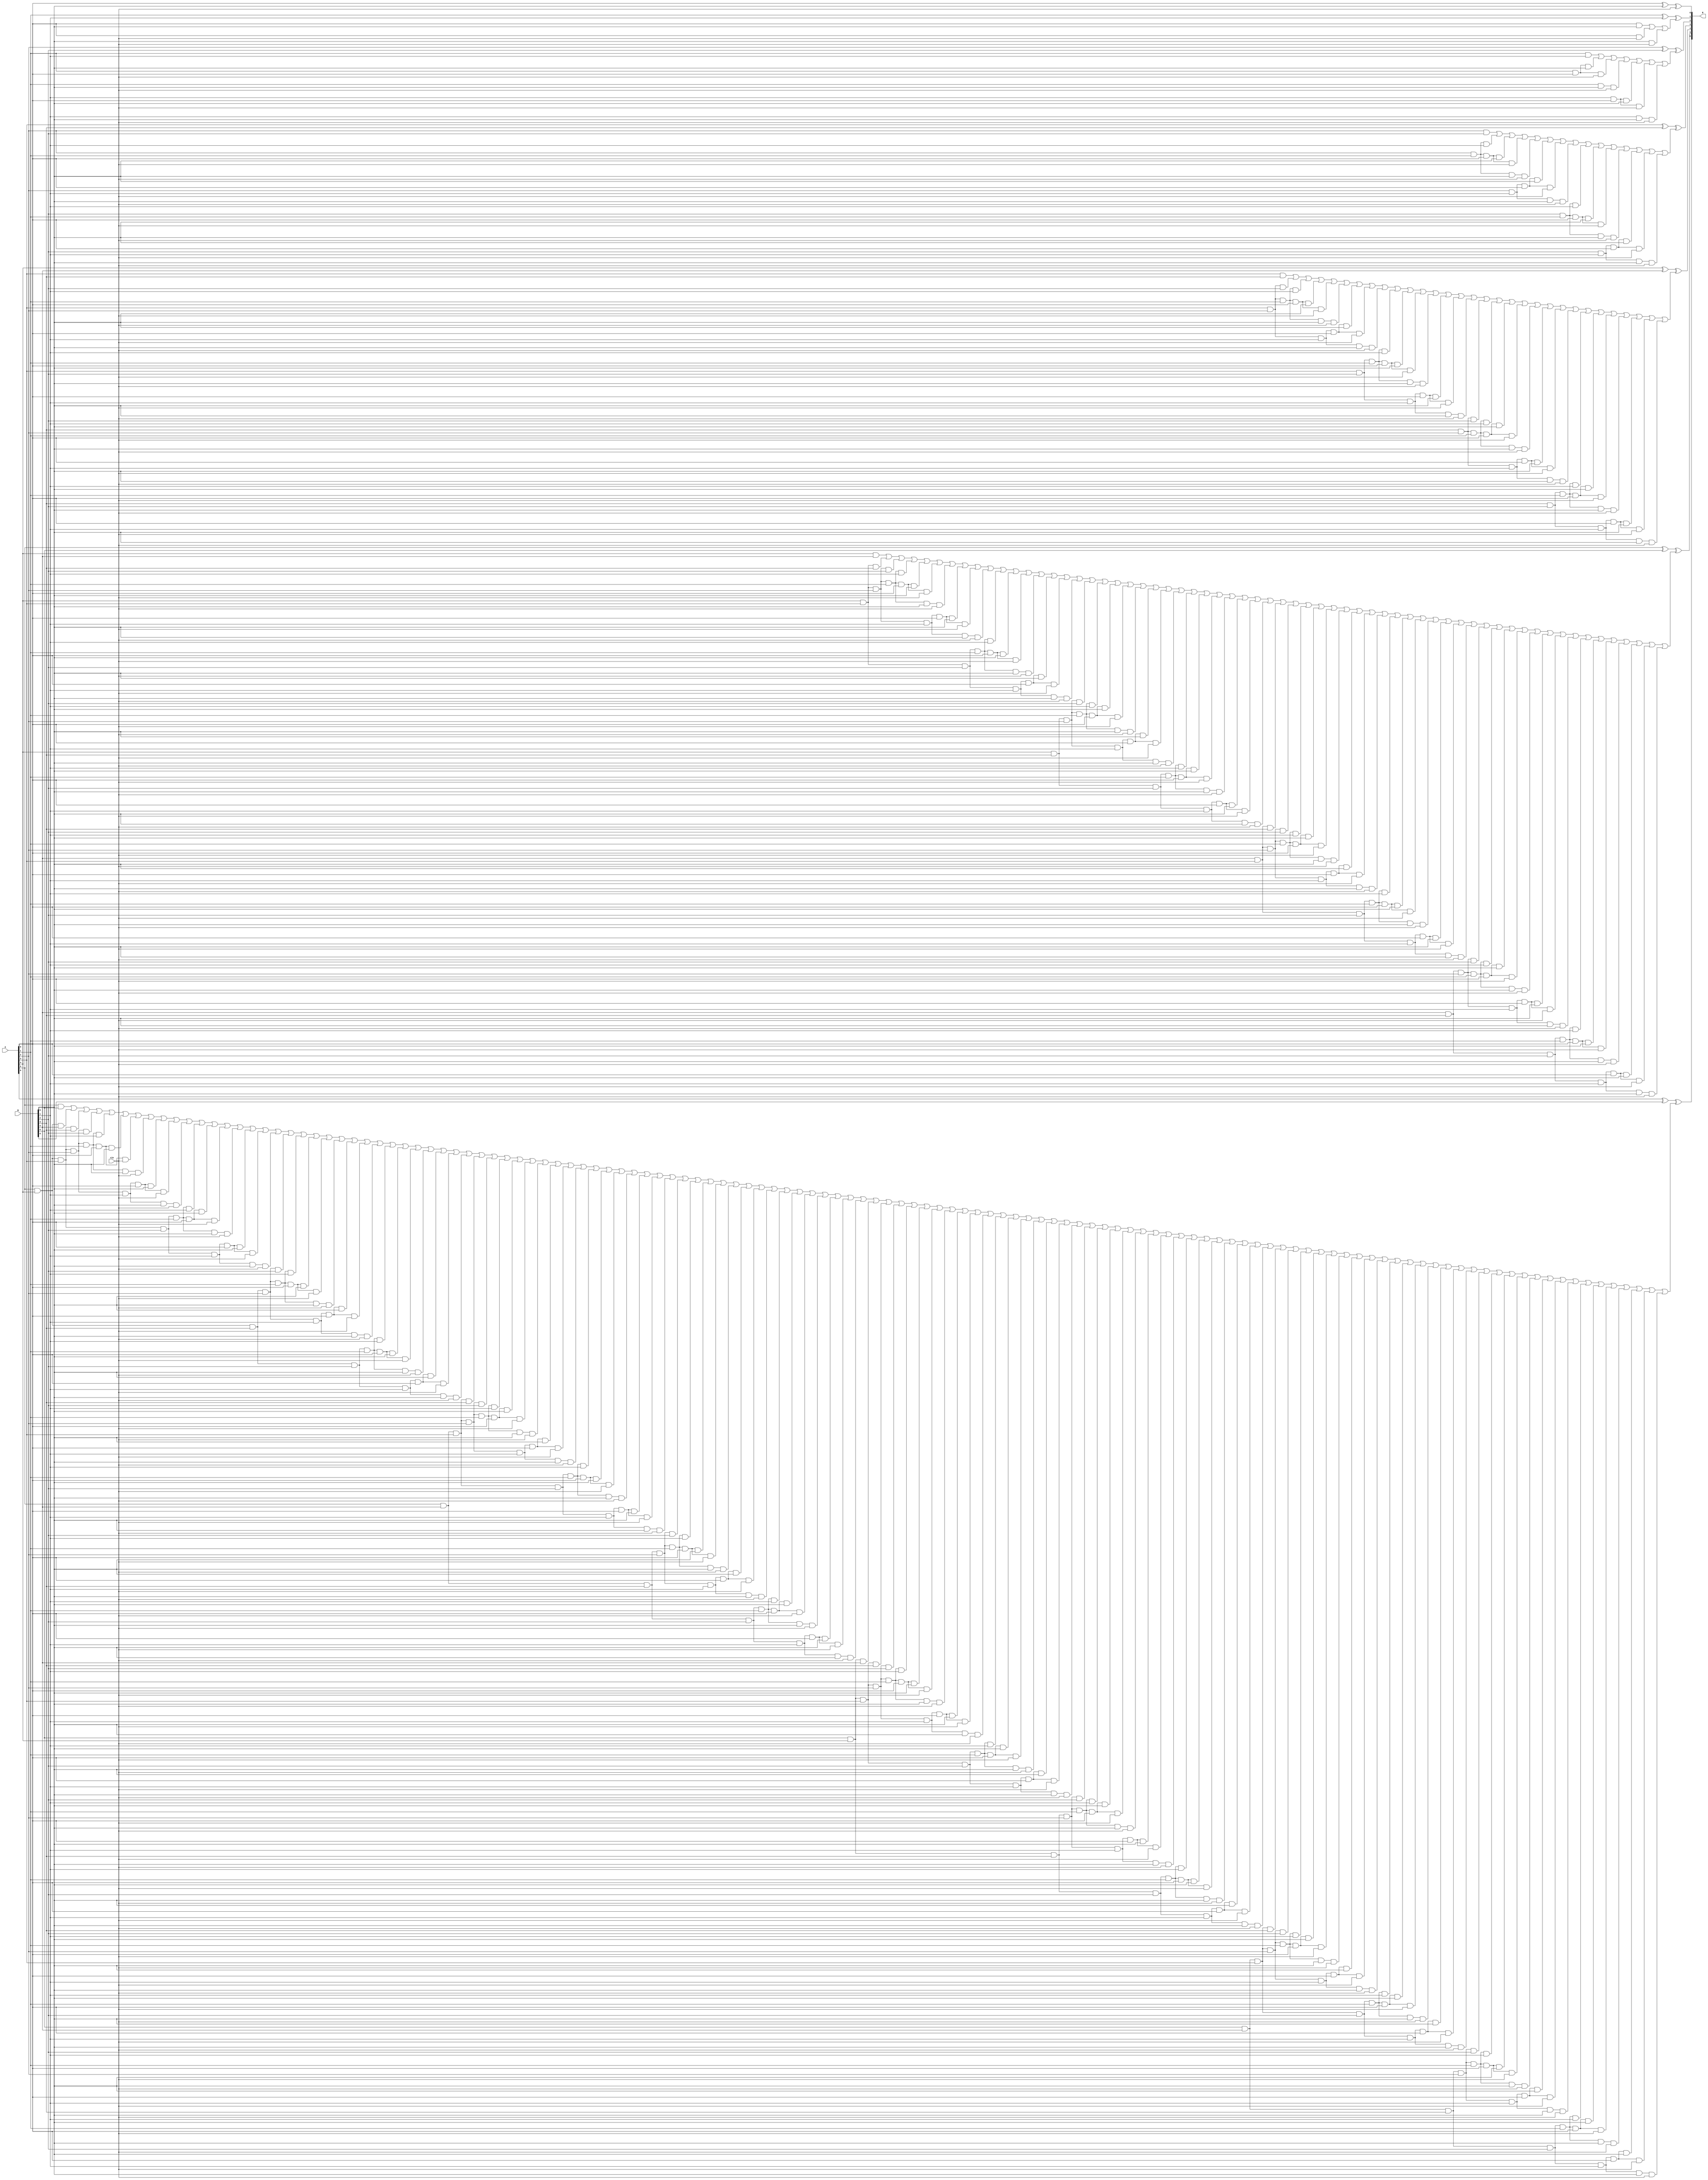
module new_carry_look_ahead_adder_cin7
(
input [6:0] A, B,
input cin,
output [6:0] R
);
wire c0,  c1,  c2,  c3,  c4,  c5,  c6; 





assign c0 = cin;
assign c1 = (A[0]&B[0])|(A[0]&c0)|(B[0]&c0);
assign c2 = (A[1]&B[1])|(A[1]&A[0]&B[0])|(A[1]&A[0]&c0)|(A[1]&B[0]&c0)|(B[1]&A[0]&B[0])|(B[1]&A[0]&c0)|(B[1]&B[0]&c0);
assign c3 = (A[2]&B[2])|(A[2]&A[1]&B[1])|(A[2]&A[1]&A[0]&B[0])|(A[2]&A[1]&A[0]&c0)|(A[2]&A[1]&B[0]&c0)|(A[2]&B[1]&A[0]&B[0])|(A[2]&B[1]&A[0]&c0)|(A[2]&B[1]&B[0]&c0)|(B[2]&A[1]&B[1])|(B[2]&A[1]&A[0]&B[0])|(B[2]&A[1]&A[0]&c0)|(B[2]&A[1]&B[0]&c0)|(B[2]&B[1]&A[0]&B[0])|(B[2]&B[1]&A[0]&c0)|(B[2]&B[1]&B[0]&c0);
assign c4 = (A[3]&B[3])|(A[3]&A[2]&B[2])|(A[3]&A[2]&A[1]&B[1])|(A[3]&A[2]&A[1]&A[0]&B[0])|(A[3]&A[2]&A[1]&A[0]&c0)|(A[3]&A[2]&A[1]&B[0]&c0)|(A[3]&A[2]&B[1]&A[0]&B[0])|(A[3]&A[2]&B[1]&A[0]&c0)|(A[3]&A[2]&B[1]&B[0]&c0)|(A[3]&B[2]&A[1]&B[1])|(A[3]&B[2]&A[1]&A[0]&B[0])|(A[3]&B[2]&A[1]&A[0]&c0)|(A[3]&B[2]&A[1]&B[0]&c0)|(A[3]&B[2]&B[1]&A[0]&B[0])|(A[3]&B[2]&B[1]&A[0]&c0)|(A[3]&B[2]&B[1]&B[0]&c0)|(B[3]&A[2]&B[2])|(B[3]&A[2]&A[1]&B[1])|(B[3]&A[2]&A[1]&A[0]&B[0])|(B[3]&A[2]&A[1]&A[0]&c0)|(B[3]&A[2]&A[1]&B[0]&c0)|(B[3]&A[2]&B[1]&A[0]&B[0])|(B[3]&A[2]&B[1]&A[0]&c0)|(B[3]&A[2]&B[1]&B[0]&c0)|(B[3]&B[2]&A[1]&B[1])|(B[3]&B[2]&A[1]&A[0]&B[0])|(B[3]&B[2]&A[1]&A[0]&c0)|(B[3]&B[2]&A[1]&B[0]&c0)|(B[3]&B[2]&B[1]&A[0]&B[0])|(B[3]&B[2]&B[1]&A[0]&c0)|(B[3]&B[2]&B[1]&B[0]&c0);
assign c5 = (A[4]&B[4])|(A[4]&A[3]&B[3])|(A[4]&A[3]&A[2]&B[2])|(A[4]&A[3]&A[2]&A[1]&B[1])|(A[4]&A[3]&A[2]&A[1]&A[0]&B[0])|(A[4]&A[3]&A[2]&A[1]&A[0]&c0)|(A[4]&A[3]&A[2]&A[1]&B[0]&c0)|(A[4]&A[3]&A[2]&B[1]&A[0]&B[0])|(A[4]&A[3]&A[2]&B[1]&A[0]&c0)|(A[4]&A[3]&A[2]&B[1]&B[0]&c0)|(A[4]&A[3]&B[2]&A[1]&B[1])|(A[4]&A[3]&B[2]&A[1]&A[0]&B[0])|(A[4]&A[3]&B[2]&A[1]&A[0]&c0)|(A[4]&A[3]&B[2]&A[1]&B[0]&c0)|(A[4]&A[3]&B[2]&B[1]&A[0]&B[0])|(A[4]&A[3]&B[2]&B[1]&A[0]&c0)|(A[4]&A[3]&B[2]&B[1]&B[0]&c0)|(A[4]&B[3]&A[2]&B[2])|(A[4]&B[3]&A[2]&A[1]&B[1])|(A[4]&B[3]&A[2]&A[1]&A[0]&B[0])|(A[4]&B[3]&A[2]&A[1]&A[0]&c0)|(A[4]&B[3]&A[2]&A[1]&B[0]&c0)|(A[4]&B[3]&A[2]&B[1]&A[0]&B[0])|(A[4]&B[3]&A[2]&B[1]&A[0]&c0)|(A[4]&B[3]&A[2]&B[1]&B[0]&c0)|(A[4]&B[3]&B[2]&A[1]&B[1])|(A[4]&B[3]&B[2]&A[1]&A[0]&B[0])|(A[4]&B[3]&B[2]&A[1]&A[0]&c0)|(A[4]&B[3]&B[2]&A[1]&B[0]&c0)|(A[4]&B[3]&B[2]&B[1]&A[0]&B[0])|(A[4]&B[3]&B[2]&B[1]&A[0]&c0)|(A[4]&B[3]&B[2]&B[1]&B[0]&c0)|(B[4]&A[3]&B[3])|(B[4]&A[3]&A[2]&B[2])|(B[4]&A[3]&A[2]&A[1]&B[1])|(B[4]&A[3]&A[2]&A[1]&A[0]&B[0])|(B[4]&A[3]&A[2]&A[1]&A[0]&c0)|(B[4]&A[3]&A[2]&A[1]&B[0]&c0)|(B[4]&A[3]&A[2]&B[1]&A[0]&B[0])|(B[4]&A[3]&A[2]&B[1]&A[0]&c0)|(B[4]&A[3]&A[2]&B[1]&B[0]&c0)|(B[4]&A[3]&B[2]&A[1]&B[1])|(B[4]&A[3]&B[2]&A[1]&A[0]&B[0])|(B[4]&A[3]&B[2]&A[1]&A[0]&c0)|(B[4]&A[3]&B[2]&A[1]&B[0]&c0)|(B[4]&A[3]&B[2]&B[1]&A[0]&B[0])|(B[4]&A[3]&B[2]&B[1]&A[0]&c0)|(B[4]&A[3]&B[2]&B[1]&B[0]&c0)|(B[4]&B[3]&A[2]&B[2])|(B[4]&B[3]&A[2]&A[1]&B[1])|(B[4]&B[3]&A[2]&A[1]&A[0]&B[0])|(B[4]&B[3]&A[2]&A[1]&A[0]&c0)|(B[4]&B[3]&A[2]&A[1]&B[0]&c0)|(B[4]&B[3]&A[2]&B[1]&A[0]&B[0])|(B[4]&B[3]&A[2]&B[1]&A[0]&c0)|(B[4]&B[3]&A[2]&B[1]&B[0]&c0)|(B[4]&B[3]&B[2]&A[1]&B[1])|(B[4]&B[3]&B[2]&A[1]&A[0]&B[0])|(B[4]&B[3]&B[2]&A[1]&A[0]&c0)|(B[4]&B[3]&B[2]&A[1]&B[0]&c0)|(B[4]&B[3]&B[2]&B[1]&A[0]&B[0])|(B[4]&B[3]&B[2]&B[1]&A[0]&c0)|(B[4]&B[3]&B[2]&B[1]&B[0]&c0);
assign c6 = (A[5]&B[5])|(A[5]&A[4]&B[4])|(A[5]&A[4]&A[3]&B[3])|(A[5]&A[4]&A[3]&A[2]&B[2])|(A[5]&A[4]&A[3]&A[2]&A[1]&B[1])|(A[5]&A[4]&A[3]&A[2]&A[1]&A[0]&B[0])|(A[5]&A[4]&A[3]&A[2]&A[1]&A[0]&c0)|(A[5]&A[4]&A[3]&A[2]&A[1]&B[0]&c0)|(A[5]&A[4]&A[3]&A[2]&B[1]&A[0]&B[0])|(A[5]&A[4]&A[3]&A[2]&B[1]&A[0]&c0)|(A[5]&A[4]&A[3]&A[2]&B[1]&B[0]&c0)|(A[5]&A[4]&A[3]&B[2]&A[1]&B[1])|(A[5]&A[4]&A[3]&B[2]&A[1]&A[0]&B[0])|(A[5]&A[4]&A[3]&B[2]&A[1]&A[0]&c0)|(A[5]&A[4]&A[3]&B[2]&A[1]&B[0]&c0)|(A[5]&A[4]&A[3]&B[2]&B[1]&A[0]&B[0])|(A[5]&A[4]&A[3]&B[2]&B[1]&A[0]&c0)|(A[5]&A[4]&A[3]&B[2]&B[1]&B[0]&c0)|(A[5]&A[4]&B[3]&A[2]&B[2])|(A[5]&A[4]&B[3]&A[2]&A[1]&B[1])|(A[5]&A[4]&B[3]&A[2]&A[1]&A[0]&B[0])|(A[5]&A[4]&B[3]&A[2]&A[1]&A[0]&c0)|(A[5]&A[4]&B[3]&A[2]&A[1]&B[0]&c0)|(A[5]&A[4]&B[3]&A[2]&B[1]&A[0]&B[0])|(A[5]&A[4]&B[3]&A[2]&B[1]&A[0]&c0)|(A[5]&A[4]&B[3]&A[2]&B[1]&B[0]&c0)|(A[5]&A[4]&B[3]&B[2]&A[1]&B[1])|(A[5]&A[4]&B[3]&B[2]&A[1]&A[0]&B[0])|(A[5]&A[4]&B[3]&B[2]&A[1]&A[0]&c0)|(A[5]&A[4]&B[3]&B[2]&A[1]&B[0]&c0)|(A[5]&A[4]&B[3]&B[2]&B[1]&A[0]&B[0])|(A[5]&A[4]&B[3]&B[2]&B[1]&A[0]&c0)|(A[5]&A[4]&B[3]&B[2]&B[1]&B[0]&c0)|(A[5]&B[4]&A[3]&B[3])|(A[5]&B[4]&A[3]&A[2]&B[2])|(A[5]&B[4]&A[3]&A[2]&A[1]&B[1])|(A[5]&B[4]&A[3]&A[2]&A[1]&A[0]&B[0])|(A[5]&B[4]&A[3]&A[2]&A[1]&A[0]&c0)|(A[5]&B[4]&A[3]&A[2]&A[1]&B[0]&c0)|(A[5]&B[4]&A[3]&A[2]&B[1]&A[0]&B[0])|(A[5]&B[4]&A[3]&A[2]&B[1]&A[0]&c0)|(A[5]&B[4]&A[3]&A[2]&B[1]&B[0]&c0)|(A[5]&B[4]&A[3]&B[2]&A[1]&B[1])|(A[5]&B[4]&A[3]&B[2]&A[1]&A[0]&B[0])|(A[5]&B[4]&A[3]&B[2]&A[1]&A[0]&c0)|(A[5]&B[4]&A[3]&B[2]&A[1]&B[0]&c0)|(A[5]&B[4]&A[3]&B[2]&B[1]&A[0]&B[0])|(A[5]&B[4]&A[3]&B[2]&B[1]&A[0]&c0)|(A[5]&B[4]&A[3]&B[2]&B[1]&B[0]&c0)|(A[5]&B[4]&B[3]&A[2]&B[2])|(A[5]&B[4]&B[3]&A[2]&A[1]&B[1])|(A[5]&B[4]&B[3]&A[2]&A[1]&A[0]&B[0])|(A[5]&B[4]&B[3]&A[2]&A[1]&A[0]&c0)|(A[5]&B[4]&B[3]&A[2]&A[1]&B[0]&c0)|(A[5]&B[4]&B[3]&A[2]&B[1]&A[0]&B[0])|(A[5]&B[4]&B[3]&A[2]&B[1]&A[0]&c0)|(A[5]&B[4]&B[3]&A[2]&B[1]&B[0]&c0)|(A[5]&B[4]&B[3]&B[2]&A[1]&B[1])|(A[5]&B[4]&B[3]&B[2]&A[1]&A[0]&B[0])|(A[5]&B[4]&B[3]&B[2]&A[1]&A[0]&c0)|(A[5]&B[4]&B[3]&B[2]&A[1]&B[0]&c0)|(A[5]&B[4]&B[3]&B[2]&B[1]&A[0]&B[0])|(A[5]&B[4]&B[3]&B[2]&B[1]&A[0]&c0)|(A[5]&B[4]&B[3]&B[2]&B[1]&B[0]&c0)|(B[5]&A[4]&B[4])|(B[5]&A[4]&A[3]&B[3])|(B[5]&A[4]&A[3]&A[2]&B[2])|(B[5]&A[4]&A[3]&A[2]&A[1]&B[1])|(B[5]&A[4]&A[3]&A[2]&A[1]&A[0]&B[0])|(B[5]&A[4]&A[3]&A[2]&A[1]&A[0]&c0)|(B[5]&A[4]&A[3]&A[2]&A[1]&B[0]&c0)|(B[5]&A[4]&A[3]&A[2]&B[1]&A[0]&B[0])|(B[5]&A[4]&A[3]&A[2]&B[1]&A[0]&c0)|(B[5]&A[4]&A[3]&A[2]&B[1]&B[0]&c0)|(B[5]&A[4]&A[3]&B[2]&A[1]&B[1])|(B[5]&A[4]&A[3]&B[2]&A[1]&A[0]&B[0])|(B[5]&A[4]&A[3]&B[2]&A[1]&A[0]&c0)|(B[5]&A[4]&A[3]&B[2]&A[1]&B[0]&c0)|(B[5]&A[4]&A[3]&B[2]&B[1]&A[0]&B[0])|(B[5]&A[4]&A[3]&B[2]&B[1]&A[0]&c0)|(B[5]&A[4]&A[3]&B[2]&B[1]&B[0]&c0)|(B[5]&A[4]&B[3]&A[2]&B[2])|(B[5]&A[4]&B[3]&A[2]&A[1]&B[1])|(B[5]&A[4]&B[3]&A[2]&A[1]&A[0]&B[0])|(B[5]&A[4]&B[3]&A[2]&A[1]&A[0]&c0)|(B[5]&A[4]&B[3]&A[2]&A[1]&B[0]&c0)|(B[5]&A[4]&B[3]&A[2]&B[1]&A[0]&B[0])|(B[5]&A[4]&B[3]&A[2]&B[1]&A[0]&c0)|(B[5]&A[4]&B[3]&A[2]&B[1]&B[0]&c0)|(B[5]&A[4]&B[3]&B[2]&A[1]&B[1])|(B[5]&A[4]&B[3]&B[2]&A[1]&A[0]&B[0])|(B[5]&A[4]&B[3]&B[2]&A[1]&A[0]&c0)|(B[5]&A[4]&B[3]&B[2]&A[1]&B[0]&c0)|(B[5]&A[4]&B[3]&B[2]&B[1]&A[0]&B[0])|(B[5]&A[4]&B[3]&B[2]&B[1]&A[0]&c0)|(B[5]&A[4]&B[3]&B[2]&B[1]&B[0]&c0)|(B[5]&B[4]&A[3]&B[3])|(B[5]&B[4]&A[3]&A[2]&B[2])|(B[5]&B[4]&A[3]&A[2]&A[1]&B[1])|(B[5]&B[4]&A[3]&A[2]&A[1]&A[0]&B[0])|(B[5]&B[4]&A[3]&A[2]&A[1]&A[0]&c0)|(B[5]&B[4]&A[3]&A[2]&A[1]&B[0]&c0)|(B[5]&B[4]&A[3]&A[2]&B[1]&A[0]&B[0])|(B[5]&B[4]&A[3]&A[2]&B[1]&A[0]&c0)|(B[5]&B[4]&A[3]&A[2]&B[1]&B[0]&c0)|(B[5]&B[4]&A[3]&B[2]&A[1]&B[1])|(B[5]&B[4]&A[3]&B[2]&A[1]&A[0]&B[0])|(B[5]&B[4]&A[3]&B[2]&A[1]&A[0]&c0)|(B[5]&B[4]&A[3]&B[2]&A[1]&B[0]&c0)|(B[5]&B[4]&A[3]&B[2]&B[1]&A[0]&B[0])|(B[5]&B[4]&A[3]&B[2]&B[1]&A[0]&c0)|(B[5]&B[4]&A[3]&B[2]&B[1]&B[0]&c0)|(B[5]&B[4]&B[3]&A[2]&B[2])|(B[5]&B[4]&B[3]&A[2]&A[1]&B[1])|(B[5]&B[4]&B[3]&A[2]&A[1]&A[0]&B[0])|(B[5]&B[4]&B[3]&A[2]&A[1]&A[0]&c0)|(B[5]&B[4]&B[3]&A[2]&A[1]&B[0]&c0)|(B[5]&B[4]&B[3]&A[2]&B[1]&A[0]&B[0])|(B[5]&B[4]&B[3]&A[2]&B[1]&A[0]&c0)|(B[5]&B[4]&B[3]&A[2]&B[1]&B[0]&c0)|(B[5]&B[4]&B[3]&B[2]&A[1]&B[1])|(B[5]&B[4]&B[3]&B[2]&A[1]&A[0]&B[0])|(B[5]&B[4]&B[3]&B[2]&A[1]&A[0]&c0)|(B[5]&B[4]&B[3]&B[2]&A[1]&B[0]&c0)|(B[5]&B[4]&B[3]&B[2]&B[1]&A[0]&B[0])|(B[5]&B[4]&B[3]&B[2]&B[1]&A[0]&c0)|(B[5]&B[4]&B[3]&B[2]&B[1]&B[0]&c0);




assign R[0] = A[0] ^ B[0] ^ c0;
assign R[1] = A[1] ^ B[1] ^ c1;
assign R[2] = A[2] ^ B[2] ^ c2;
assign R[3] = A[3] ^ B[3] ^ c3;
assign R[4] = A[4] ^ B[4] ^ c4;
assign R[5] = A[5] ^ B[5] ^ c5;
assign R[6] = A[6] ^ B[6] ^ c6;

endmodule